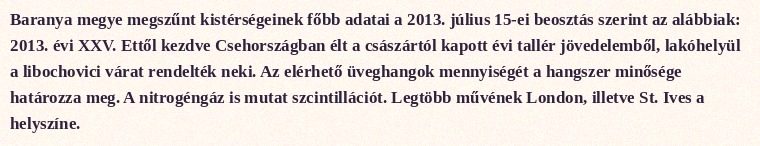
Baranya megye megszűnt kistérségeinek főbb adatai a 2013. július 15-ei beosztás szerint az alábbiak: 2013. évi XXV. Ettől kezdve Csehországban élt a császártól kapott évi tallér jövedelemből, lakóhelyül a libochovici várat rendelték neki. Az elérhető üveghangok mennyiségét a hangszer minősége határozza meg. A nitrogéngáz is mutat szcintillációt. Legtöbb művének London, illetve St. Ives a helyszíne.